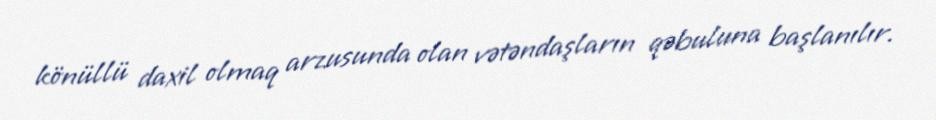
könüllü daxil olmaq arzusunda olan vətəndaşların qəbuluna başlanılır.